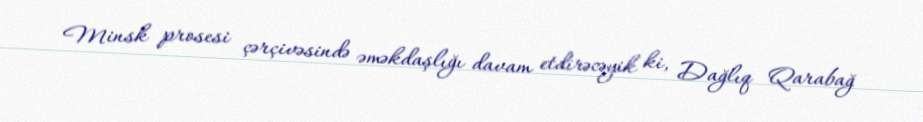
Minsk prosesi çərçivəsində əməkdaşlığı davam etdirəcəyik ki, Dağlıq Qarabağ